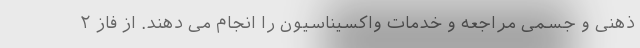
ذهنی و جسمی مراجعه و خدمات واکسیناسیون را انجام می دهند. از فاز ۲